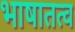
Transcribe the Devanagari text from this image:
भाषातत्व